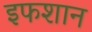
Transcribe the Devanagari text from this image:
इफशान